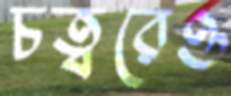
চত্বরেও